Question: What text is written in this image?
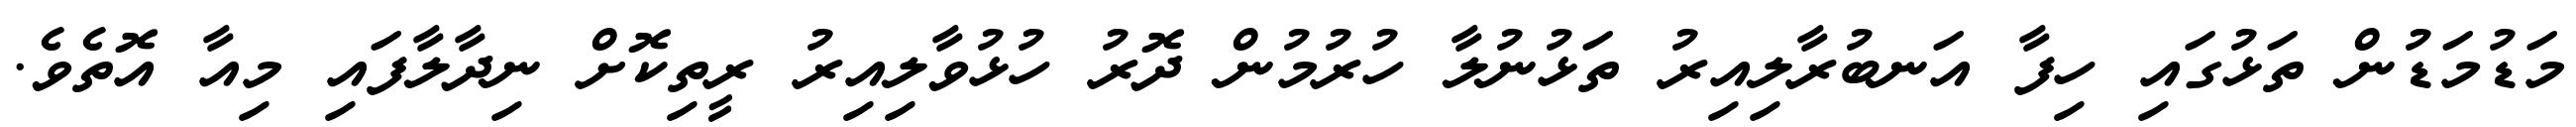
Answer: މަޑުމަޑުން ތަޅުގައި ހިފާ އަނބުރާލިއިރު ތަޅުނުލާ ހުރުމުން ދޮރު ހުޅުވާލިއިރު ރީތިކޮށް ނިދާލާފައި މިއާ އޮތެވެ.